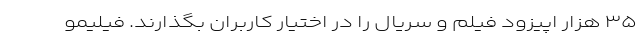
۳۵ هزار اپیزود فیلم و سریال را در اختیار کاربران بگذارند. فیلیمو